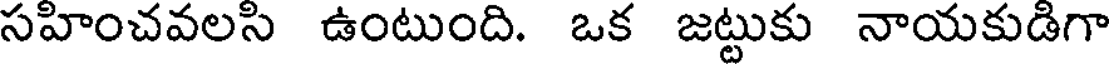
సహించవలసి ఉంటుంది. ఒక జట్టుకు నాయకుడిగా